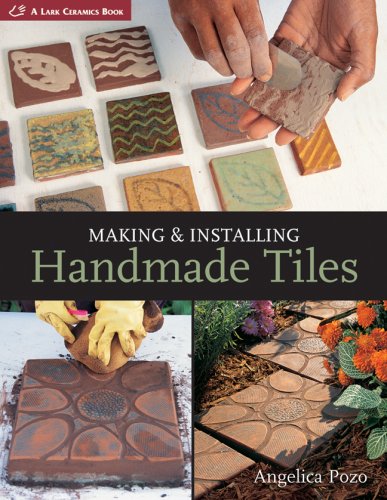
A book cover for Making & Installing Handmade Tiles (A Lark Ceramics Book); Angelica Pozo; Crafts, Hobbies & Home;